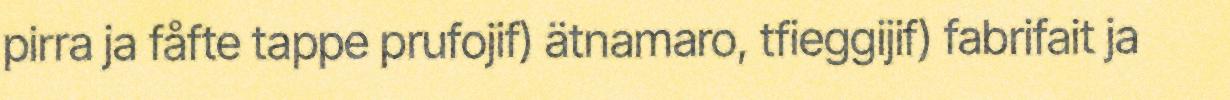
pirra ja fåfte tappe prufojif) ätnamaro, tfieggijif) fabrifait ja